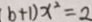
( b + 1 ) x ^ { 2 } = 2